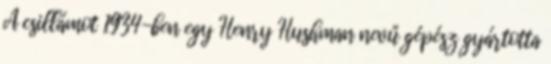
A csillámot 1934-ben egy Henry Hushman nevű gépész gyártotta